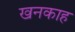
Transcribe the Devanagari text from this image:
खनकाह